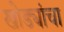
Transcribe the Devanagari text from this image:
खोड्यांचा